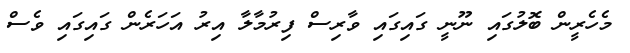
މެހެރީން ބޮލުގައި ނޫނީ ގައިގައި ވާރިސް ފިރުމާލާ އިރު އަހަރެން ގައިގައި ވެސް